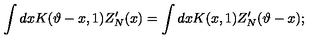
\int d x K ( \vartheta - x , 1 ) Z _ { N } ^ { \prime } ( x ) = \int d x K ( x , 1 ) Z _ { N } ^ { \prime } ( \vartheta - x ) ;